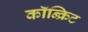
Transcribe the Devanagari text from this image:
कॉन्‍क्रिट